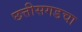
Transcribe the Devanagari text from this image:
छत्तीसगडचा